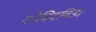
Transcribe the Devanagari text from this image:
गोविदविडा